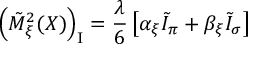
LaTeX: \left( \tilde { M } _ { \xi } ^ { 2 } ( X ) \right) _ { \mathrm { \scriptsize { I } } } = \frac { \lambda } { 6 } \left[ \alpha _ { \xi } \tilde { \cal I } _ { \pi } + \beta _ { \xi } \tilde { \cal I } _ { \sigma } \right]